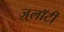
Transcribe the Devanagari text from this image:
ज़्लॉटी